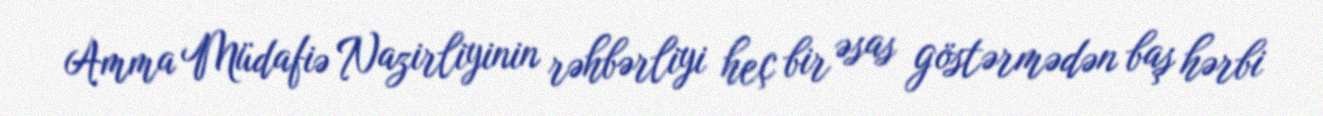
Amma Müdafiə Nazirliyinin rəhbərliyi heç bir əsas göstərmədən baş hərbi